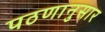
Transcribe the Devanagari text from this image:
पठणानुसार